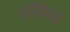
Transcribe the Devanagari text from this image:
संविदा